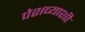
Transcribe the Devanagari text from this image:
पेशव्याशी